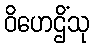
ဝိဟေဌိံသု